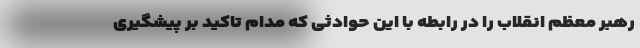
رهبر معظم انقلاب را در رابطه با این حوادثی که مدام تاکید بر پیشگیری